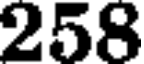
258